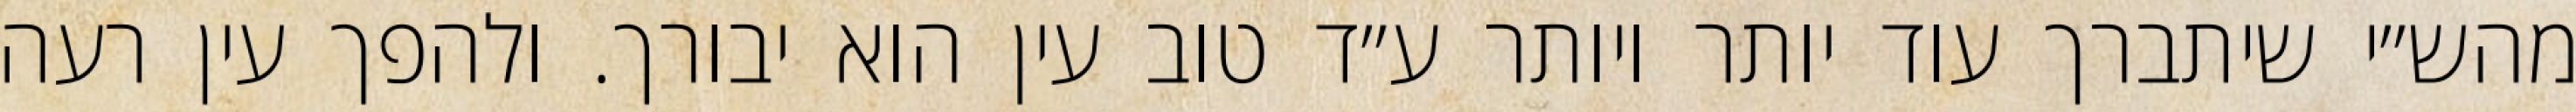
מהש״י שיתברך עוד יותר ויותר ע״ד טוב עין הוא יבורך. ולהפך עין רעה